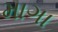
માગા